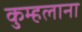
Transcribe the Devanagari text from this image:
कुम्हलाना